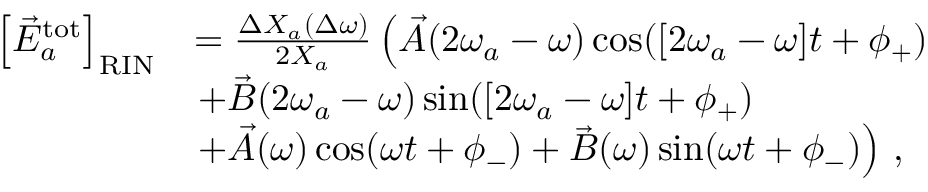
\begin{array} { r l } { \left[ \vec { E } _ { a } ^ { \mathrm { t o t } } \right] _ { \mathrm { R I N } } } & { = \frac { \Delta X _ { a } ( \Delta \omega ) } { 2 X _ { a } } \left( \vec { A } ( 2 \omega _ { a } - \omega ) \cos ( [ 2 \omega _ { a } - \omega ] t + \phi _ { + } ) \right. } \\ & { \left. + \vec { B } ( 2 \omega _ { a } - \omega ) \sin ( [ 2 \omega _ { a } - \omega ] t + \phi _ { + } ) \right. \, } \\ & { \left. + \vec { A } ( \omega ) \cos ( \omega t + \phi _ { - } ) + \vec { B } ( \omega ) \sin ( \omega t + \phi _ { - } ) \right) \, , } \end{array}